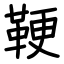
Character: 鞕